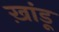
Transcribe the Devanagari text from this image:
ख़ांडू